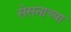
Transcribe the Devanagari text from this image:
सेसनाच्या